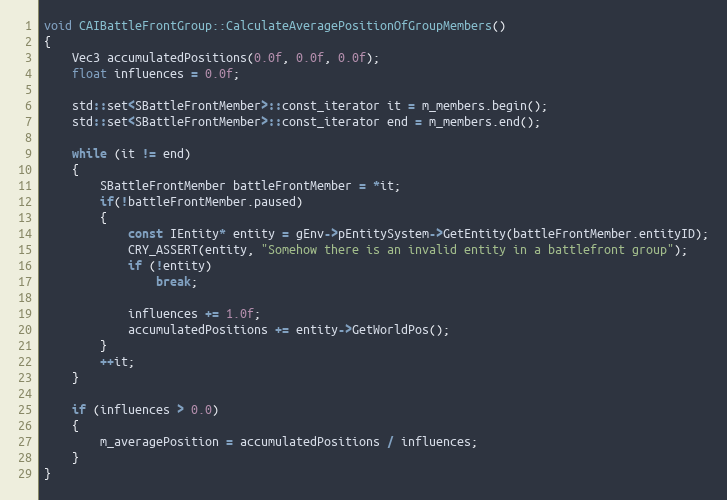
Language: C++
void CAIBattleFrontGroup::CalculateAveragePositionOfGroupMembers()
{
	Vec3 accumulatedPositions(0.0f, 0.0f, 0.0f);
	float influences = 0.0f;

	std::set<SBattleFrontMember>::const_iterator it = m_members.begin();
	std::set<SBattleFrontMember>::const_iterator end = m_members.end();

	while (it != end)
	{
		SBattleFrontMember battleFrontMember = *it;
		if(!battleFrontMember.paused)
		{
			const IEntity* entity = gEnv->pEntitySystem->GetEntity(battleFrontMember.entityID);
			CRY_ASSERT(entity, "Somehow there is an invalid entity in a battlefront group");
			if (!entity)
				break;

			influences += 1.0f;
			accumulatedPositions += entity->GetWorldPos();
		}
		++it;
	}

	if (influences > 0.0)
	{
		m_averagePosition = accumulatedPositions / influences;
	}
}